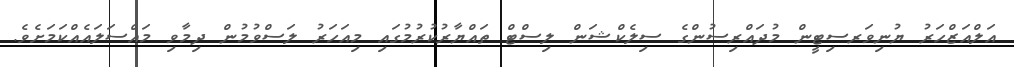
އަލްއަޒްހަރު ޔުނިވަރސިޓީން މުދައްރިސުންގެ ސިލެކްޝަން ލިސްޓް ތައްޔާރުކުރުމުގައި މިއަހަރު ލަސްވުމުން ދިމާވި މައްސަލައެއްކަމަށެވެ.